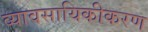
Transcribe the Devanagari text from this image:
व्यावसायिकीकरण